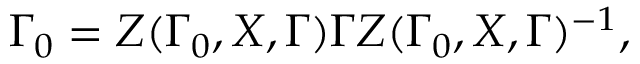
\Gamma _ { 0 } = Z ( \Gamma _ { 0 } , X , \Gamma ) \Gamma Z ( \Gamma _ { 0 } , X , \Gamma ) ^ { - 1 } ,